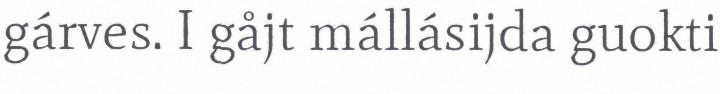
gárves. I gåjt mállásijda guokti